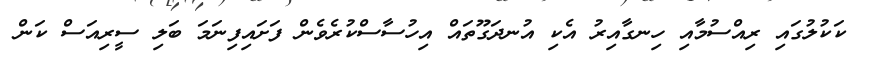
ކަކުލުގައި ރިއްސުމާއި ހިނގާއިރު އެކި އުނދަގޫތައް އިހުސާސްކުރެވެން ފަށައިފިނަމަ ބަލި ސީރިއަސް ކަން